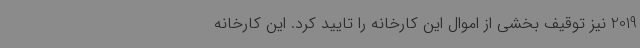
2019 نیز توقیف بخشی از اموال این کارخانه را تایید کرد. این کارخانه